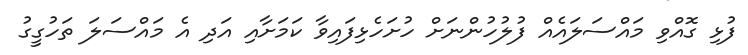
ފުޅި ގޮއްވި މައްސަލައެއް ފުލުހުންނަށް ހުށަހެޅިފައިވާ ކަމަށާއި އަދި އެ މައްސަލަ ތަހުގީގު